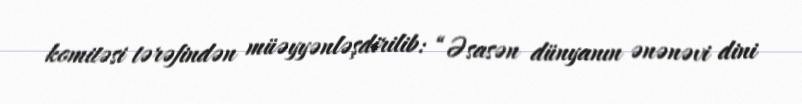
komitəsi tərəfindən müəyyənləşdirilib: “Əsasən dünyanın ənənəvi dini